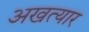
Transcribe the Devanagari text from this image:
अखत्यार